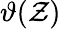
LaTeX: \vartheta(\mathcal{Z})